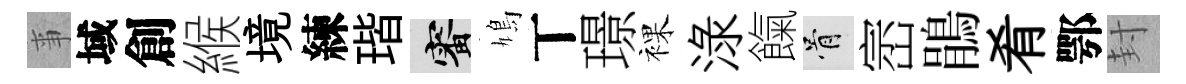
亊域創緱境練瑎審鳩丅璟裸渌餼骨崈鵑肴鄂封